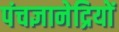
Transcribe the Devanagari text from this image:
पंचज्ञानेद्रियों